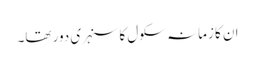
ان کا زمانہ سکول کا سنہری دور تھا۔